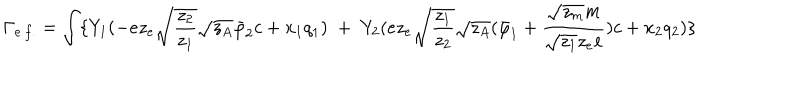
\Gamma _ { e . f . } = \int \{ Y _ { 1 } ( - { e } z _ { e } \sqrt { \frac { z _ { 2 } } { z _ { 1 } } } \sqrt { z _ { A } } \bar { \varphi } _ { 2 } c + x _ { 1 } q _ { 1 } ) \; + \; Y _ { 2 } ( { e } z _ { e } \sqrt { \frac { z _ { 1 } } { z _ { 2 } } } \sqrt { z _ { A } } ( \bar { \varphi } _ { 1 } + \frac { \sqrt { z _ { m } } m } { \sqrt { z _ { 1 } } { z _ { e } } e } ) c + x _ { 2 } q _ { 2 } ) \}